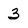
Character: 3